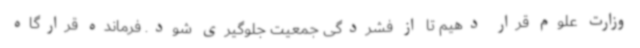
وزارت علوم قرار دهیم تا از فشردگی جمعیت جلوگیری شود. فرمانده قرارگاه